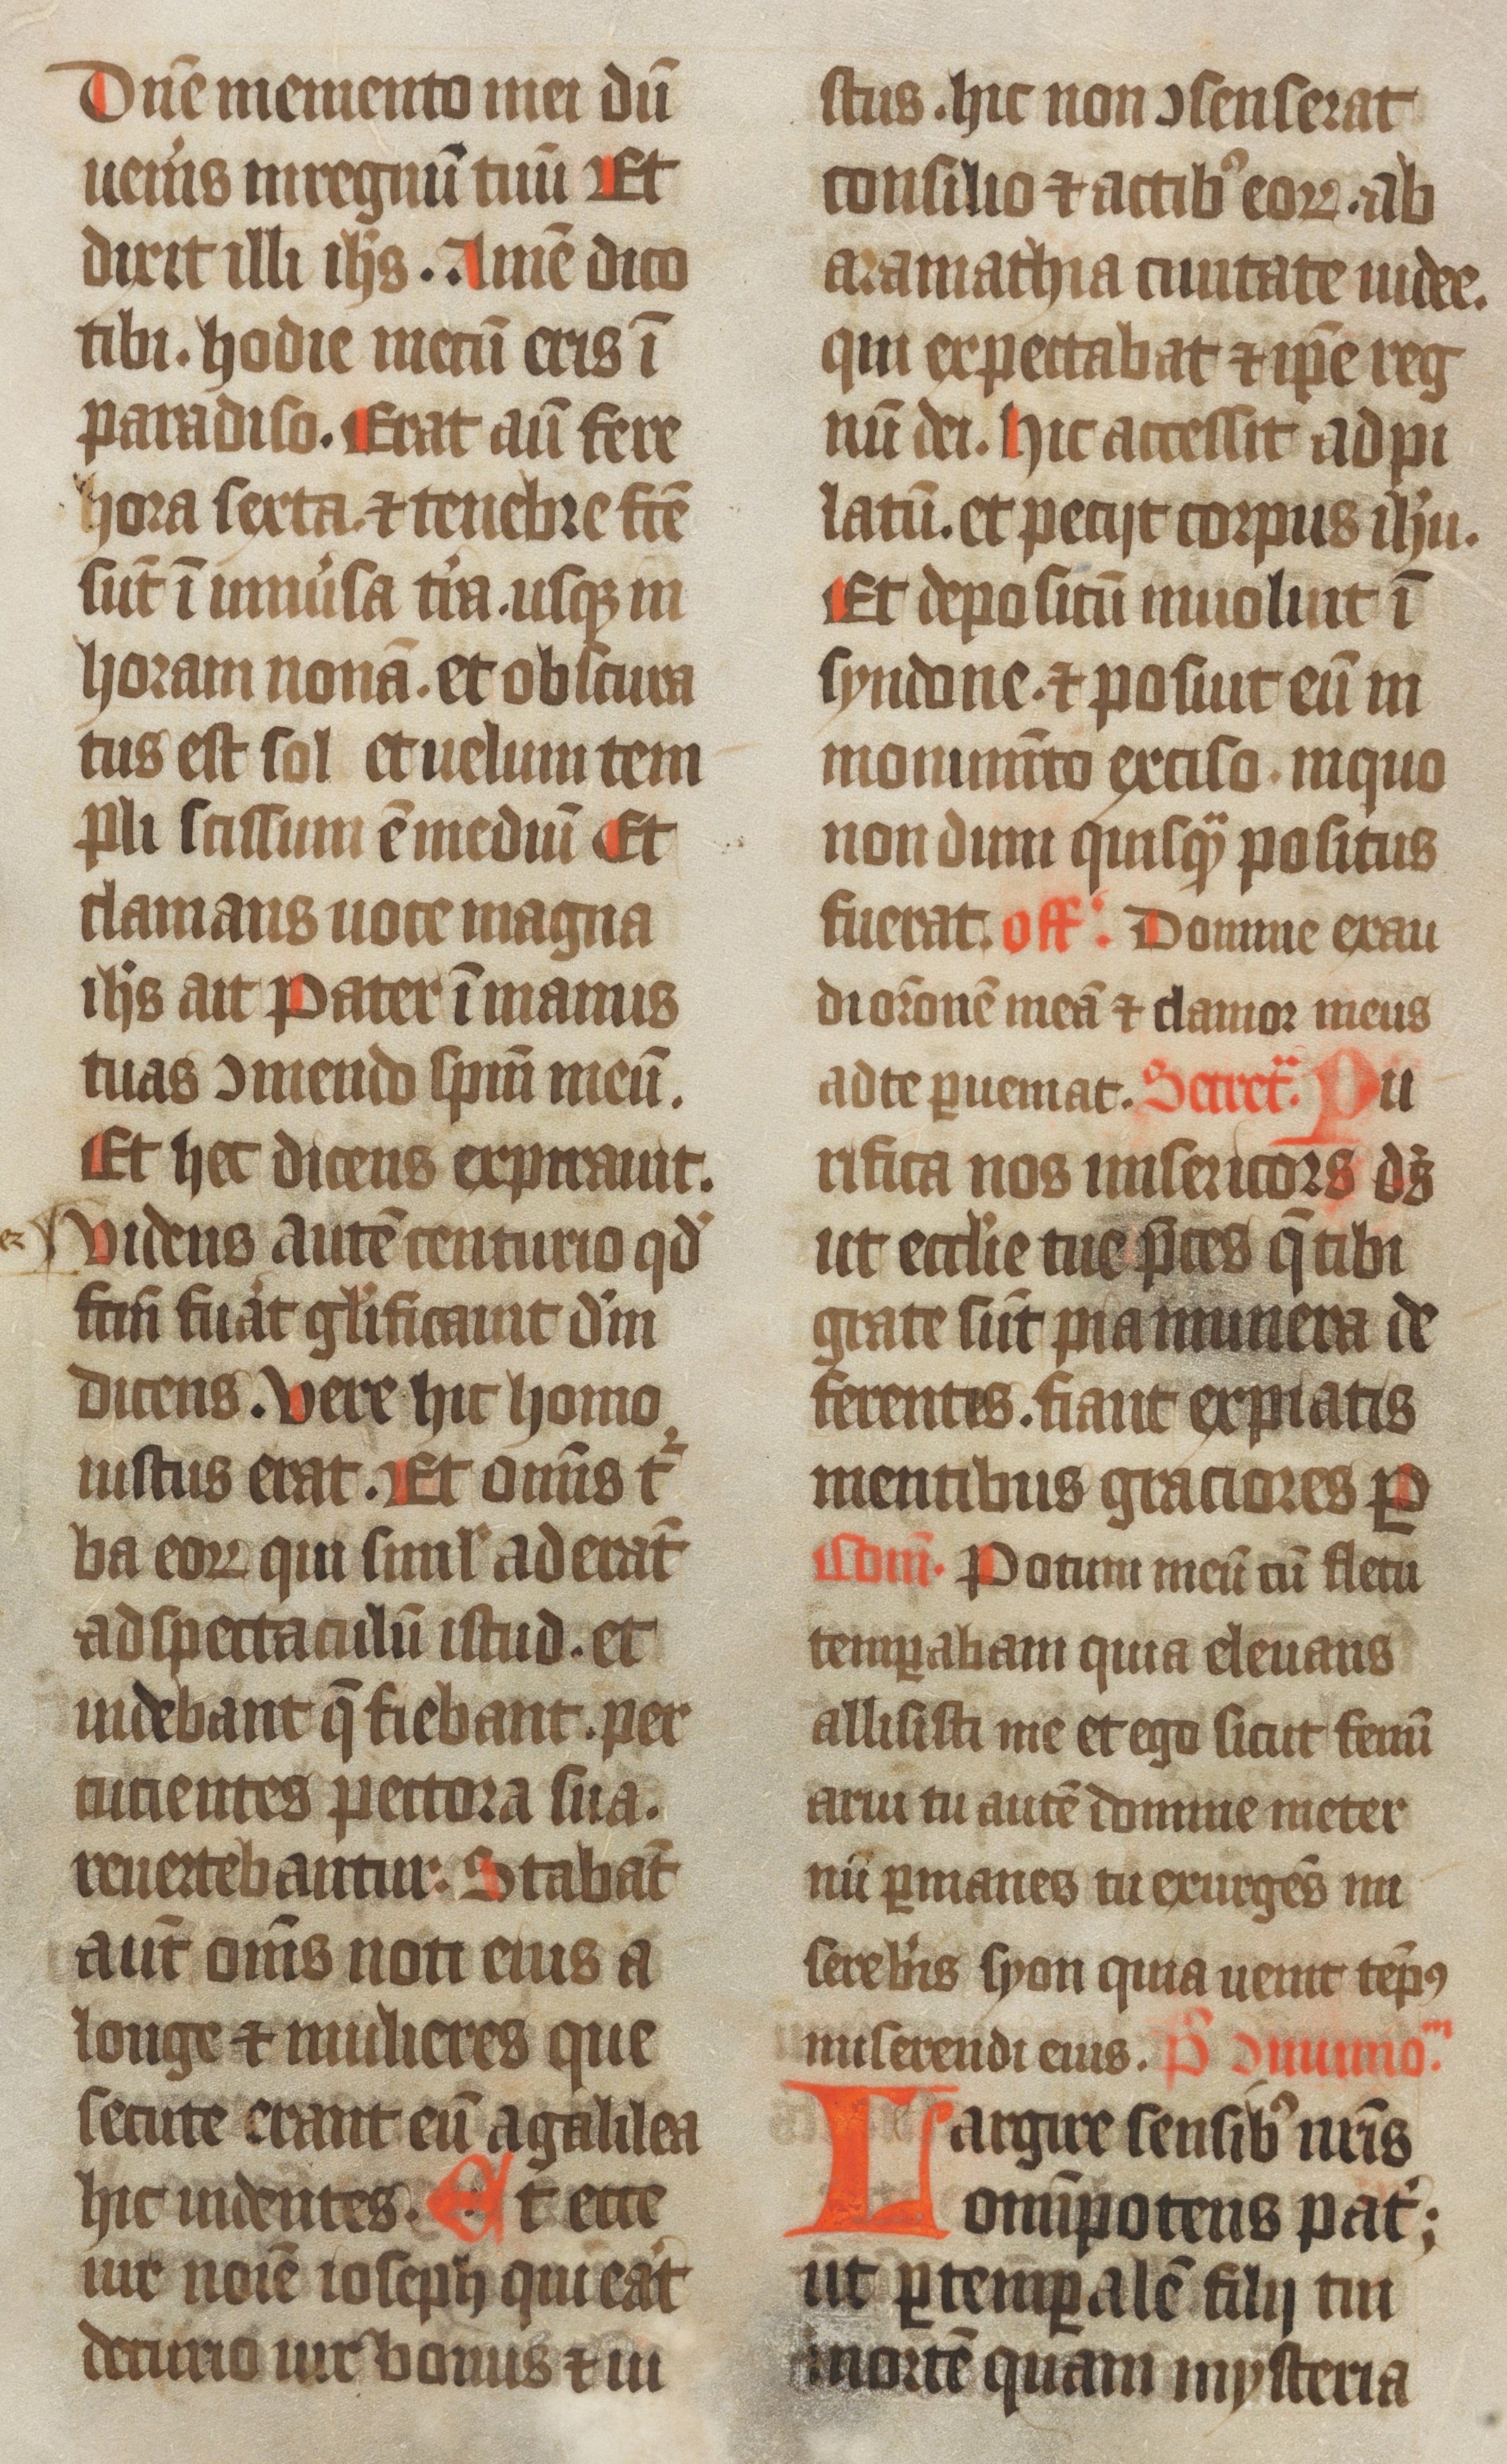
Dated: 1438–1439